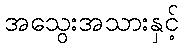
အသွေးအသားနှင့်